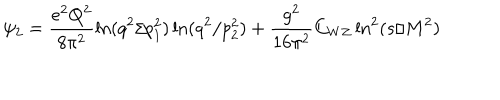
\psi _ { 2 } = \frac { e ^ { 2 } Q ^ { 2 } } { 8 \pi ^ { 2 } } \ln ( q ^ { 2 } / p _ { 1 } ^ { 2 } ) \ln ( q ^ { 2 } / p _ { 2 } ^ { 2 } ) + \frac { g ^ { 2 } } { 1 6 \pi ^ { 2 } } C _ { W Z } \ln ^ { 2 } ( s / M ^ { 2 } ) ~